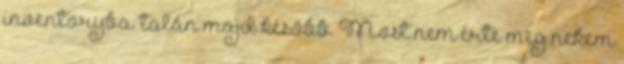
inventoryba: talán majd később. Most nem érte meg nekem